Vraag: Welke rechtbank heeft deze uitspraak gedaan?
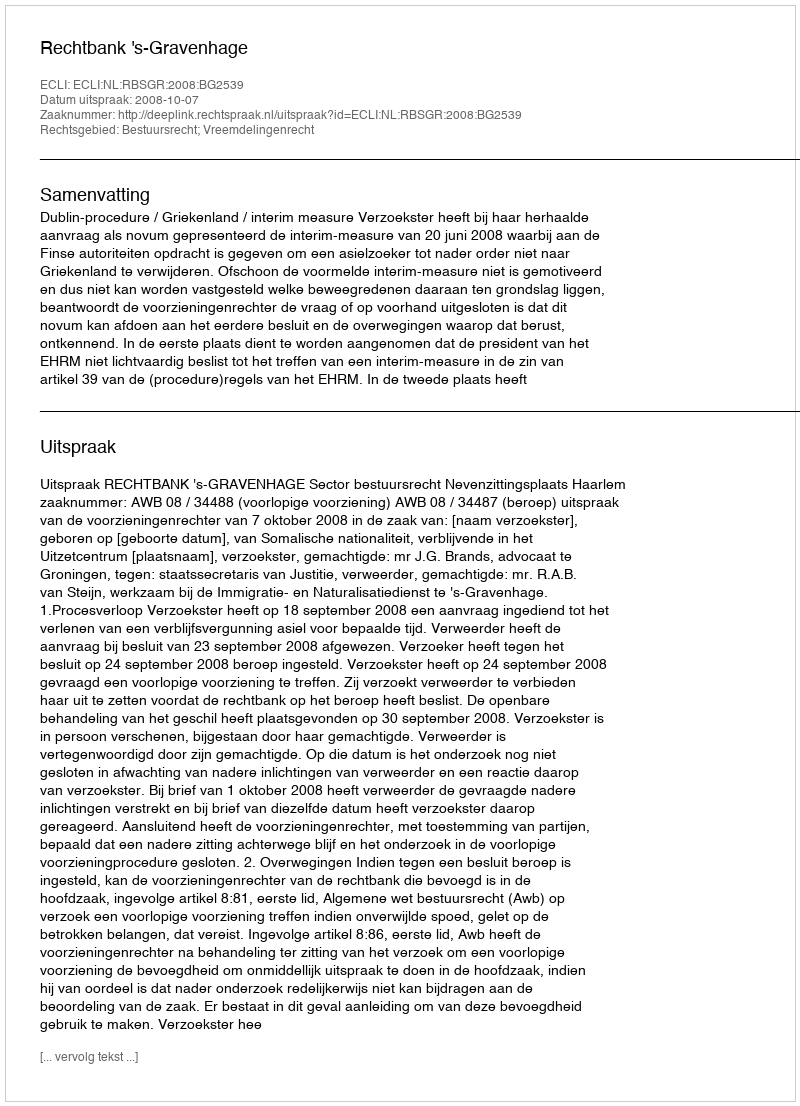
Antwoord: Rechtbank 's-Gravenhage